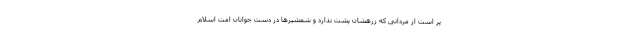
پر است از مردانی که زرهشان پشت ندارد و شمشیرها در دست جوانان امت اسلام